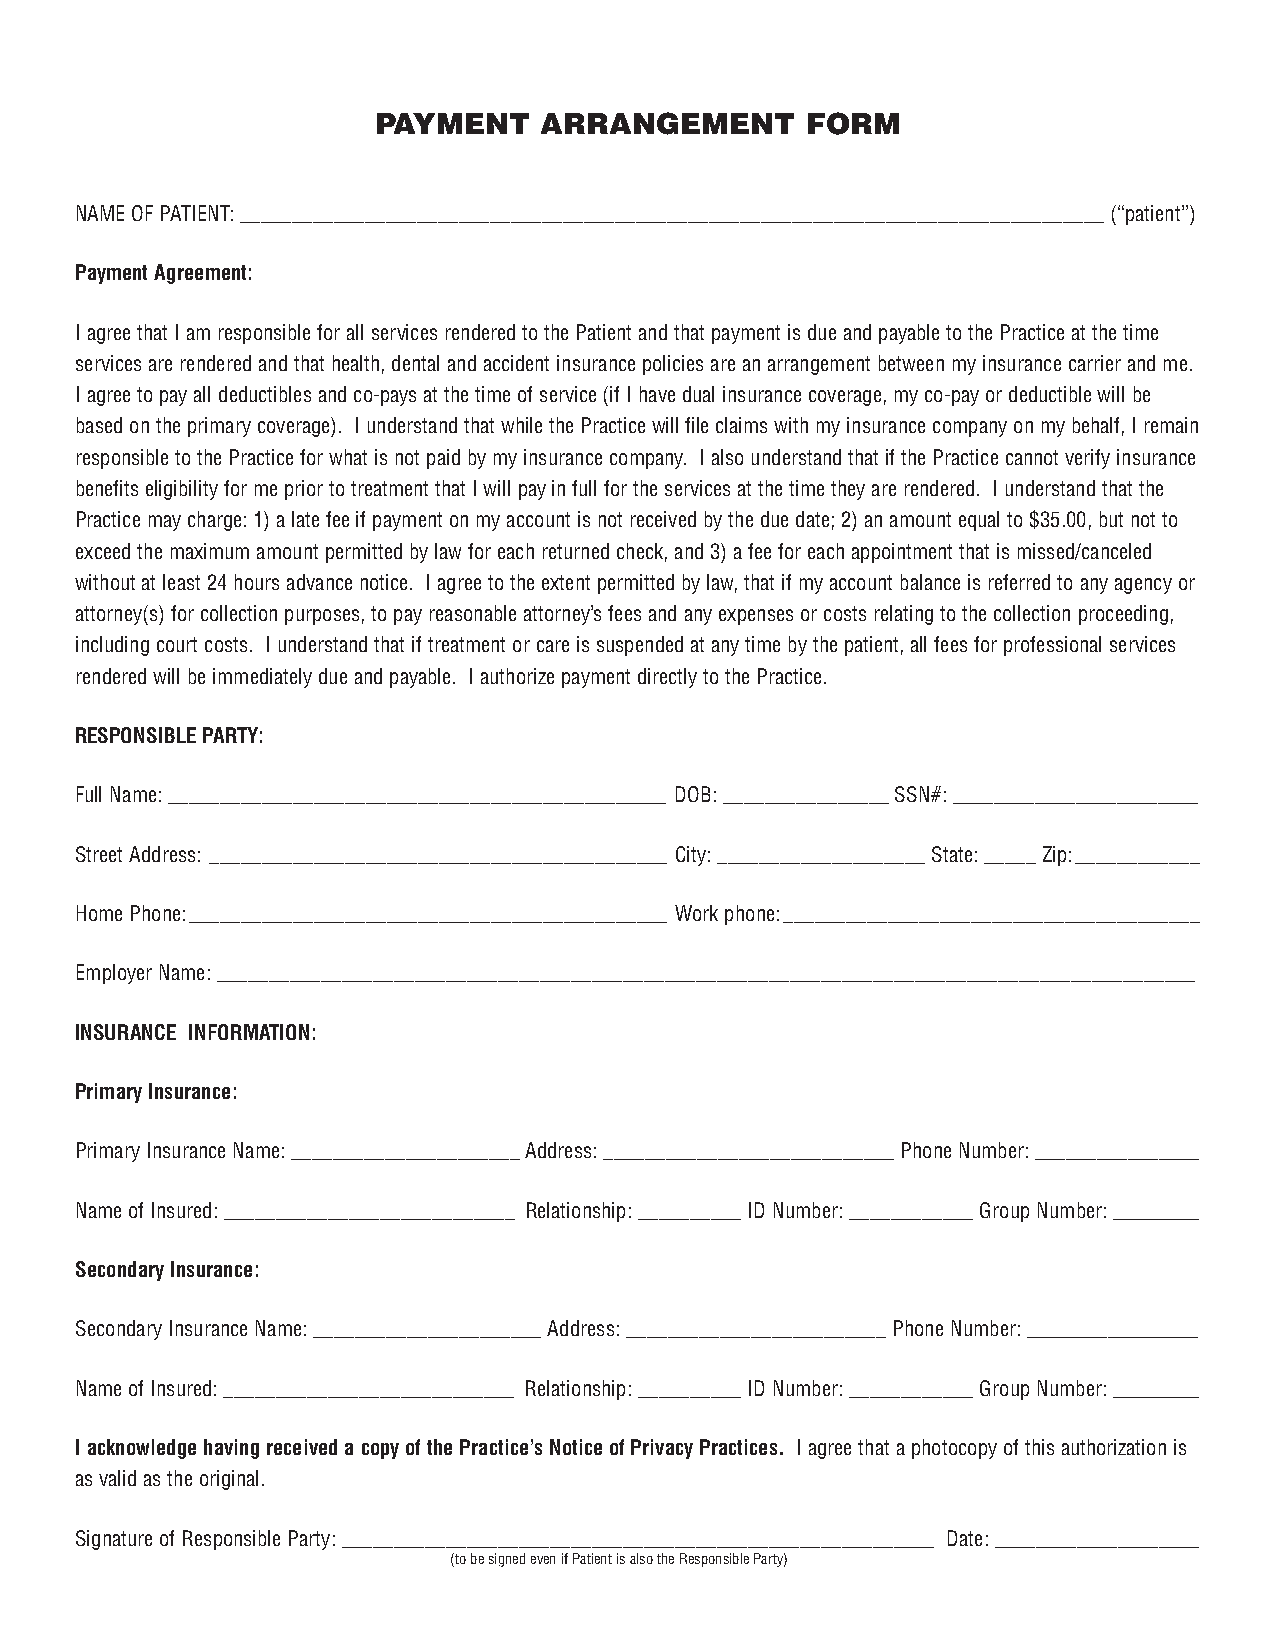
PAYMENT    ARRANGEMENT      FORM
 NAME OF PATIENT: ___________________________________________________________________________________ (“patient”)
 Payment Agreement:
 Iagree that I am responsible for all services rendered to the Patient and that payment is due and payable to the Practice at the time
 services are rendered and that health, dental and accident insurance policies are an arrangement between my insurance carrier and me.
 Iagree to pay all deductibles and co-pays at the time of service (if I have dual insurance coverage, my co-pay or deductible will be
 based on the primary coverage). I understand that while the Practice will file claims with my insurance company on my behalf, I remain
 responsible to the Practice for what is not paid by my insurance company. I also understand that if the Practice cannot verify insurance
 benefits eligibility for me prior to treatment that I will pay in full for the services at the time they are rendered. I understand that the
 Practice may charge: 1) a late fee if payment on my account is not received by the due date; 2) an amount equal to $35.00, but not to
 exceed the maximum amount permitted by law for each returned check, and 3) a fee for each appointment that is missed/canceled
 without at least 24 hours advance notice. I agree to the extent permitted by law, that if my account balance is referred to any agency or
 attorney(s) for collection purposes, to pay reasonable attorney’s fees and any expenses or costs relating to the collection proceeding,
 including court costs. I understand that if treatment or care is suspended at any time by the patient, all fees for professional services
 rendered will be immediately due and payable. I authorize payment directly to the Practice.
 RESPONSIBLE PARTY:
 Full Name:________________________________________________ DOB: ________________ SSN#: ________________________
 Street Address: ____________________________________________ City: ____________________ State: _____ Zip:____________
 Home Phone:______________________________________________ Work phone:________________________________________
 Employer Name: ______________________________________________________________________________________________
 INSURANCE INFORMATION:
 Primary Insurance:
 Primary Insurance Name: ______________________Address: ____________________________Phone Number: ________________
 Name of Insured: ____________________________ Relationship: __________ ID Number: ____________ Group Number: _________
 Secondary Insurance:
 Secondary Insurance Name: ______________________ Address: _________________________ Phone Number: _________________
 Name of Insured: ____________________________ Relationship: __________ ID Number: ____________ Group Number: _________
 Iacknowledge having received a copy of the Practice’s Notice of Privacy Practices. Iagree that a photocopy of this authorization is
 as valid as the original.
 Signature of Responsible Party: _________________________________________________________ Date: ____________________
 (to be signed even if Patient is also the Responsible Party)